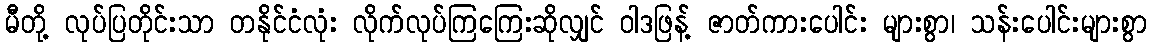
မီတို့ လုပ်ပြတိုင်းသာ တနိုင်ငံလုံး လိုက်လုပ်ကြကြေးဆိုလျှင် ဝါဒဖြန့် ဇာတ်ကားပေါင်း များစွာ၊ သန်းပေါင်းများစွာ